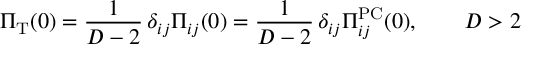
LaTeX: \Pi _ { \mathrm { T } } ( 0 ) = \frac { 1 } { D - 2 } \, \delta _ { i j } \Pi _ { i j } ( 0 ) = \frac { 1 } { D - 2 } \, \delta _ { i j } \Pi _ { i j } ^ { \mathrm { P C } } ( 0 ) , \qquad D > 2